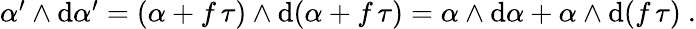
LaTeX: \begin{array}{r}{\alpha^{\prime}\wedge\mathrm{d}\alpha^{\prime}=(\alpha+f\, \tau)\wedge\mathrm{d}(\alpha+f\, \tau)=\alpha\wedge\mathrm{d}\alpha+\alpha\wedge\mathrm{d}(f\, \tau)\ .}\end{array}